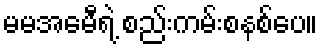
မမအေမီရဲ့ စည်းကမ်းစနစ်ပေ။